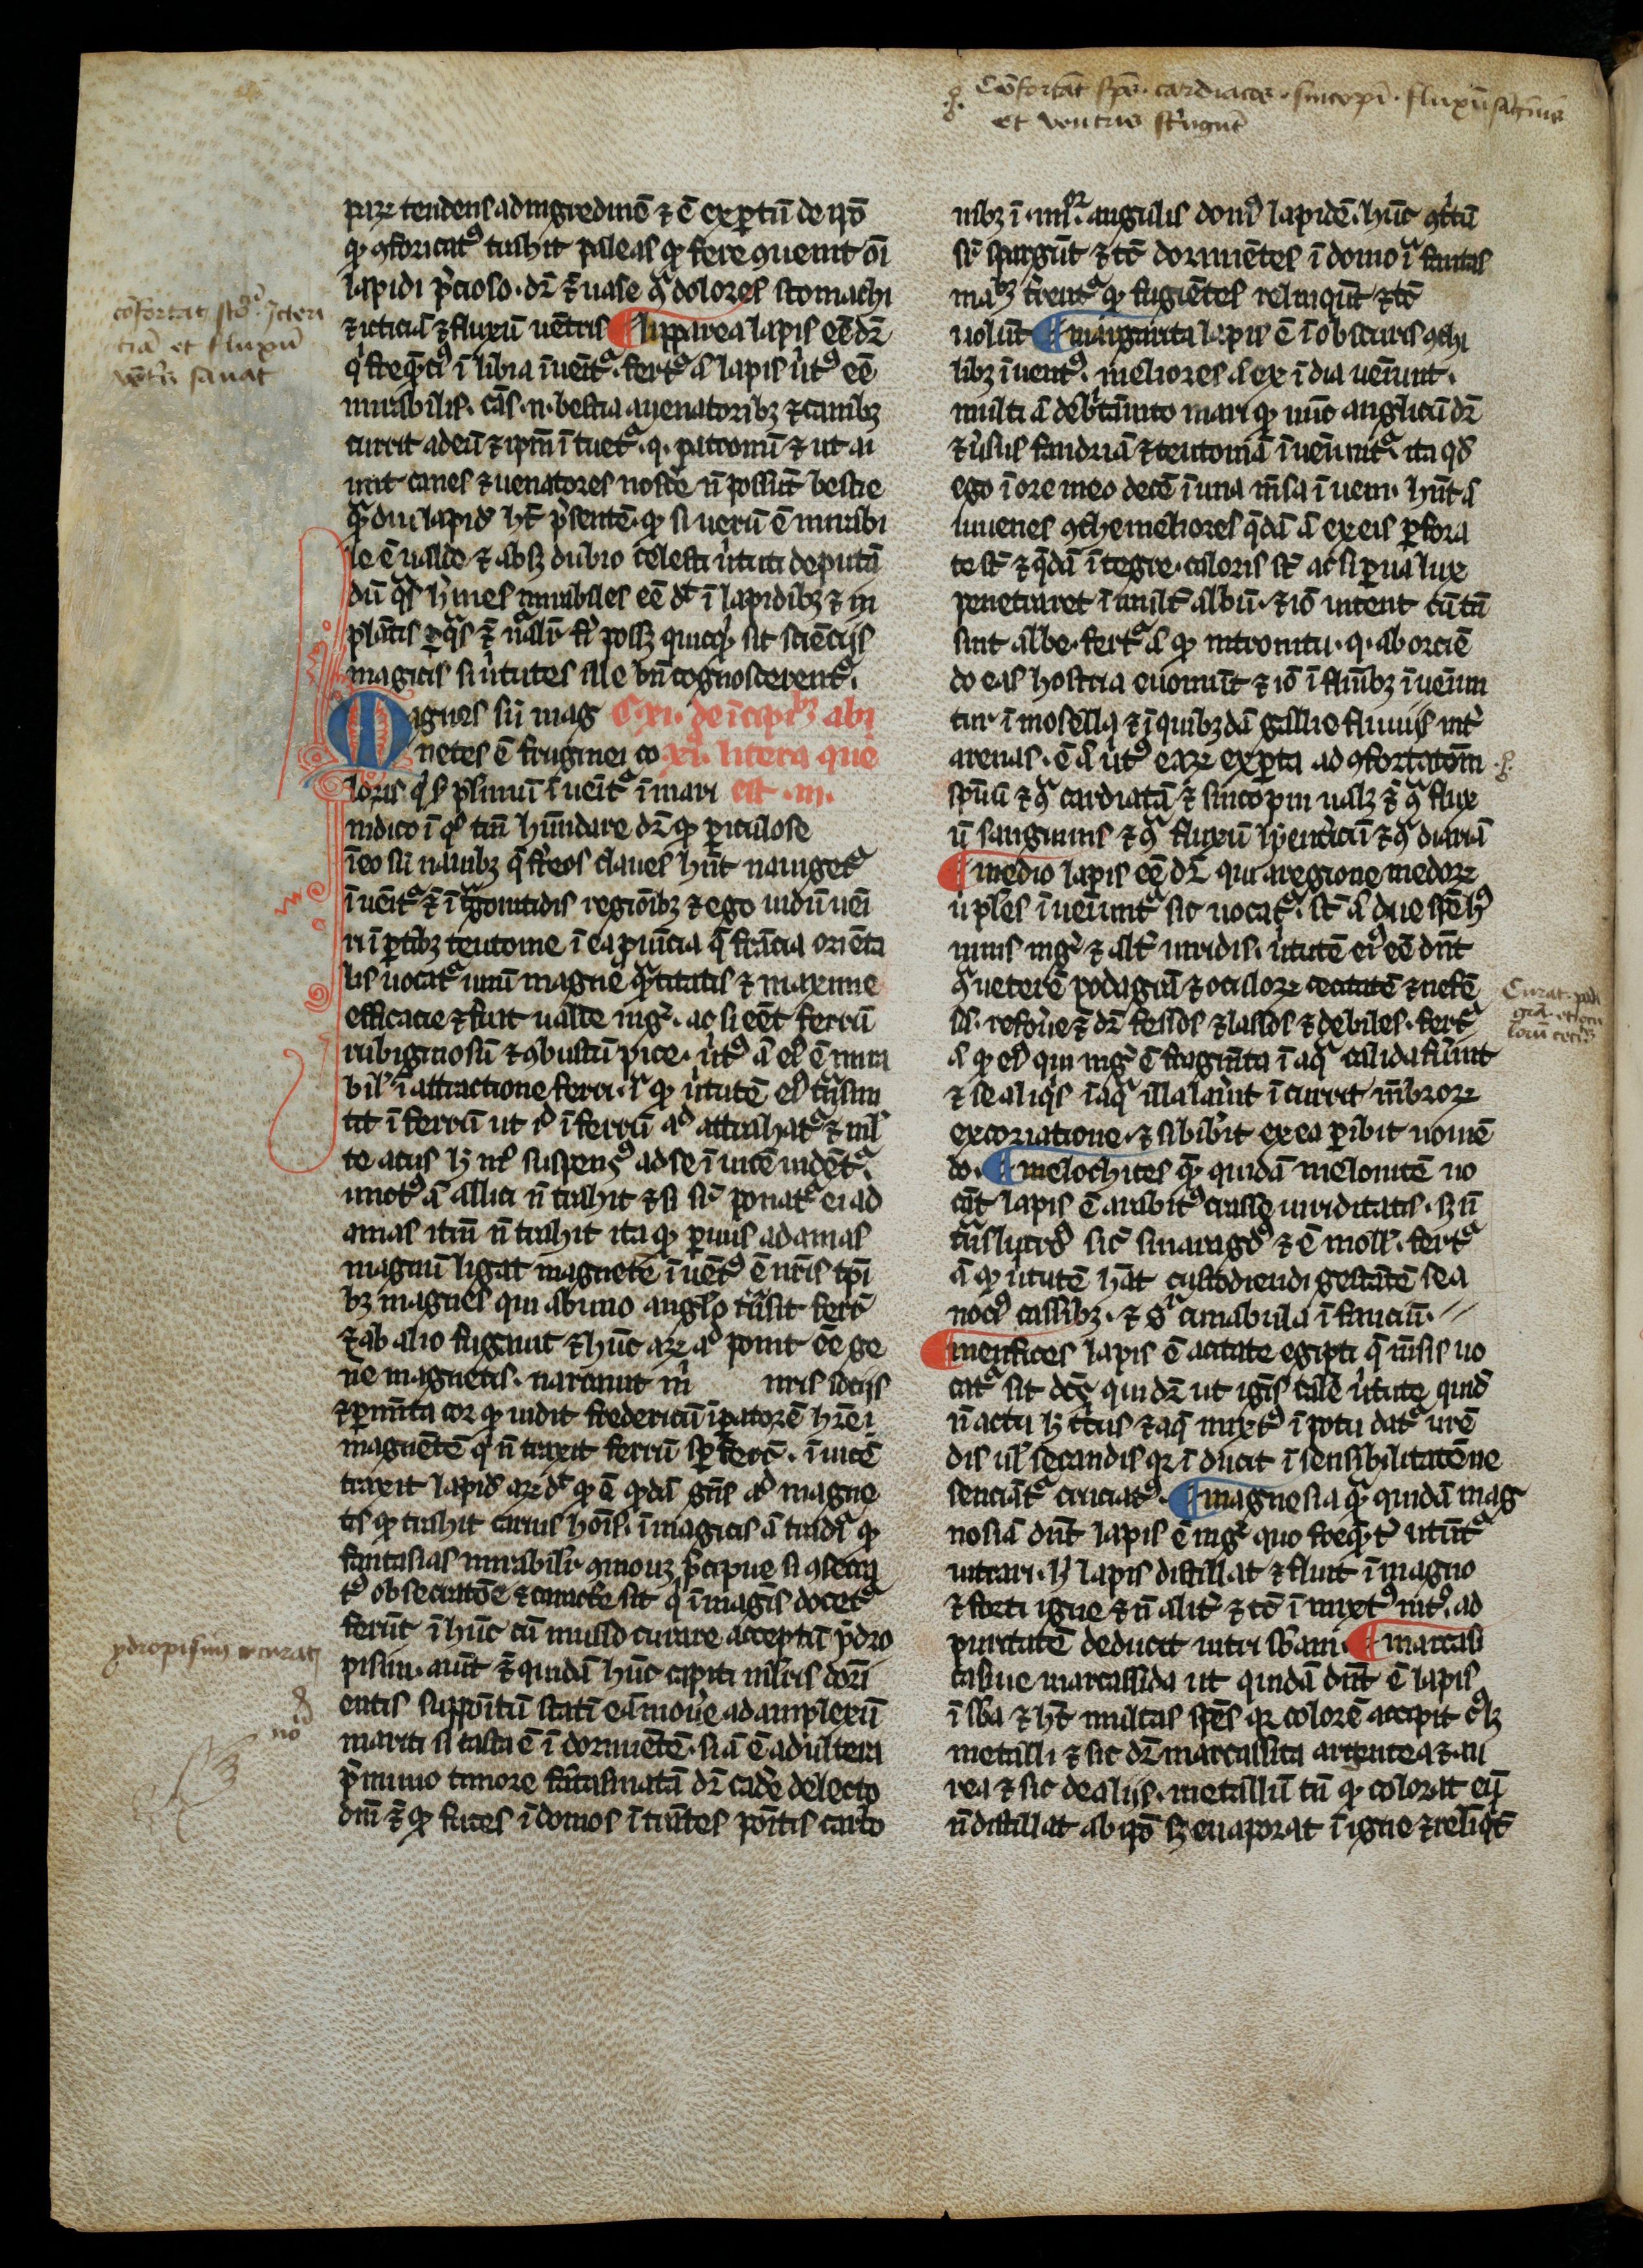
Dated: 1266–1299